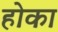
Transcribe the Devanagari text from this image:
होका